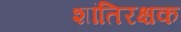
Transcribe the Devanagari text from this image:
शांतिरक्षक